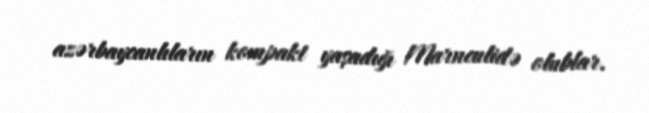
azərbaycanlıların kompakt yaşadığı Marneulidə olublar.